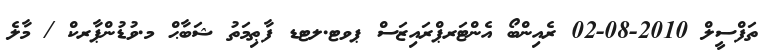
ތަފްސީލް 2010-08-02 ރެއިންބޯ އެންޓަރޕްރައިޒަސް ޕވޓ.ލޓޑ ފާޠިމަތު ޝަބާޙް މ.ވުޑުންޕާރކް / މާލެ